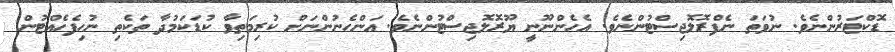
ޑޮކްޓަރުންނެވެ. ނުވަތަ ނެފްރޮލޮޖިސްޓުންނެވެ. އެހެންނޫނީ ޔޫރޮލޮޖިސްޓުންނެވެ. އަންހެނުންނަށް ކުރިމަތިވާ ކުޑަކަމުދާ ތަކެތި ނުހިފެހެއްޓުން